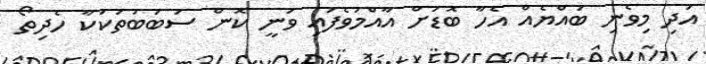
އަދި މިވެނި ބައްޔެއް އެހާ ބޮޑަށް އާއްމުވެފައި ވަނީ ކޮން ސަބަބުތަކަކާ ހެދިތޯ